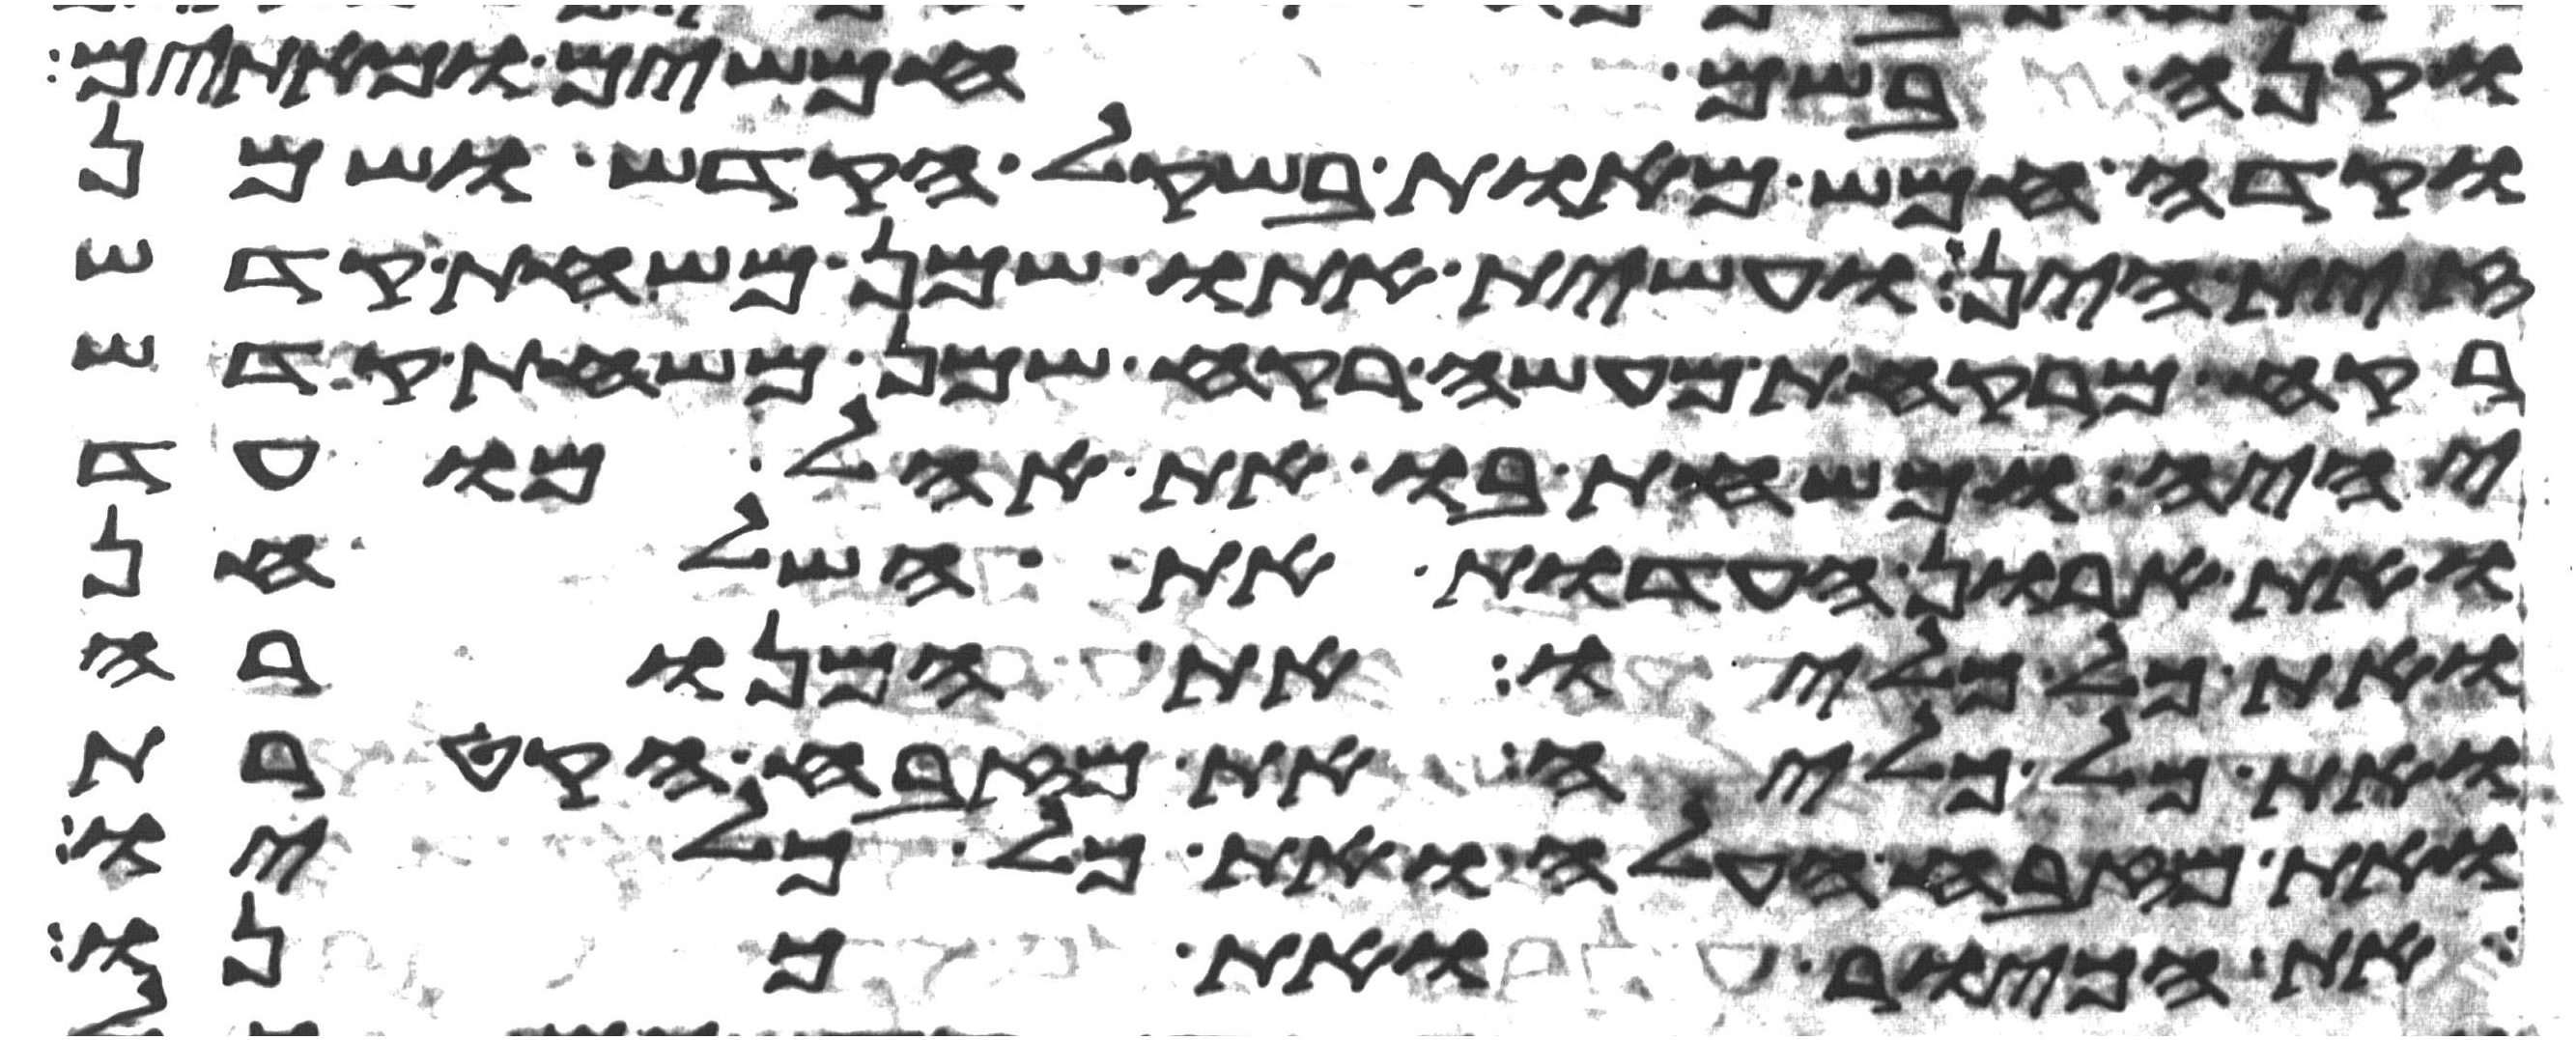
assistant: וקנה בשם חמשים ומאתים
וקדה חמש מאות בשקל הקדש ושמן
זית הין ועשית אתו שמן משחת קדש
רקח מרקחת מעשה רקח שמן משחת קדש
יהיה ומשחת בו את אהל מועד
ואת ארון העדות את השלחן
ואת כל כליו את המנורה
ואת כל כליה את מזבח הקטרת
ואת מזבח העלה ואת כל כליו
את הכיור ואת כנו